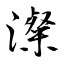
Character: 澯